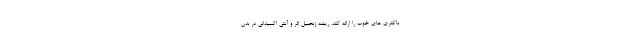
باکتری های خوب را ارائه کند. ریشه زنجبیل اثر و آنتی اکسیدانی در بدن